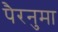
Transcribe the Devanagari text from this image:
पैरनुमा